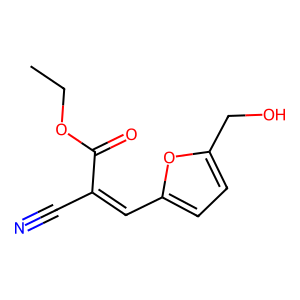
SMILES: CCOC(=O)C(C#N)=Cc1ccc(CO)o1
Inhibits HIV replication: No